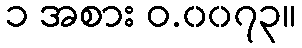
၁ အစား ဝ.၀၀၇၃။